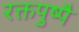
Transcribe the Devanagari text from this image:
रक्तपुष्पै